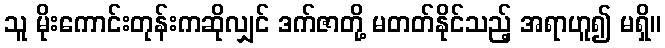
သူ မိုးကောင်းတုန်းကဆိုလျှင် ဒက်ဇာတို့ မတတ်နိုင်သည့် အရာဟူ၍ မရှိ။